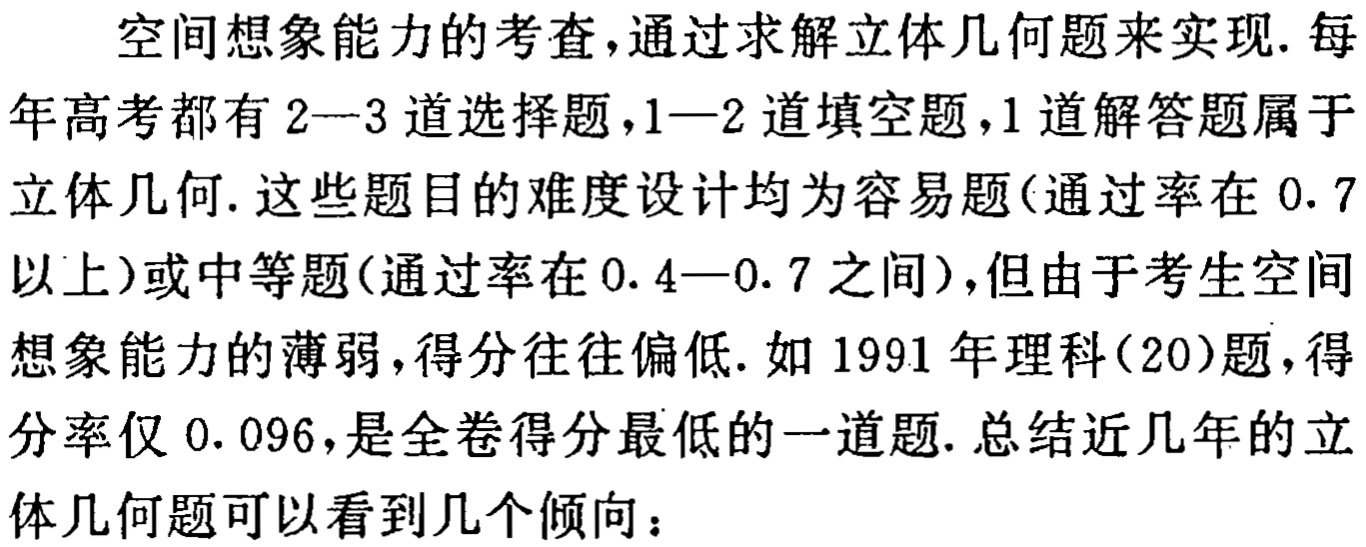
空间想象能力的考查,通过求解立体几何题来实现.每年高考都有2—3道选择题,1—2道填空题,1道解答题属于立体几何.这些题目的难度设计均为容易题(通过率在0.7以上)或中等题(通过率在0.4—0.7之间),但由于考生空间想象能力的薄弱,得分往往偏低.如1991年理科(20)题,得分率仅0.096,是全卷得分最低的一道题.总结近几年的立体几何题可以看到几个倾向：